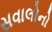
સવાલોનો